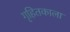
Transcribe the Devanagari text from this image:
गृहितकाला